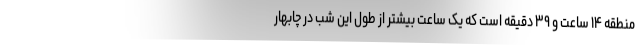
منطقه ۱۴ ساعت و ۳۹ دقیقه است که یک ساعت بیشتر از طول این شب در چابهار